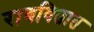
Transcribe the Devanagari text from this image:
राबवितात